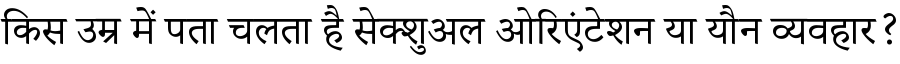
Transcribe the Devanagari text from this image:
किस उम्र में पता चलता है सेक्शुअल ओरिएंटेशन या यौन व्यवहार?